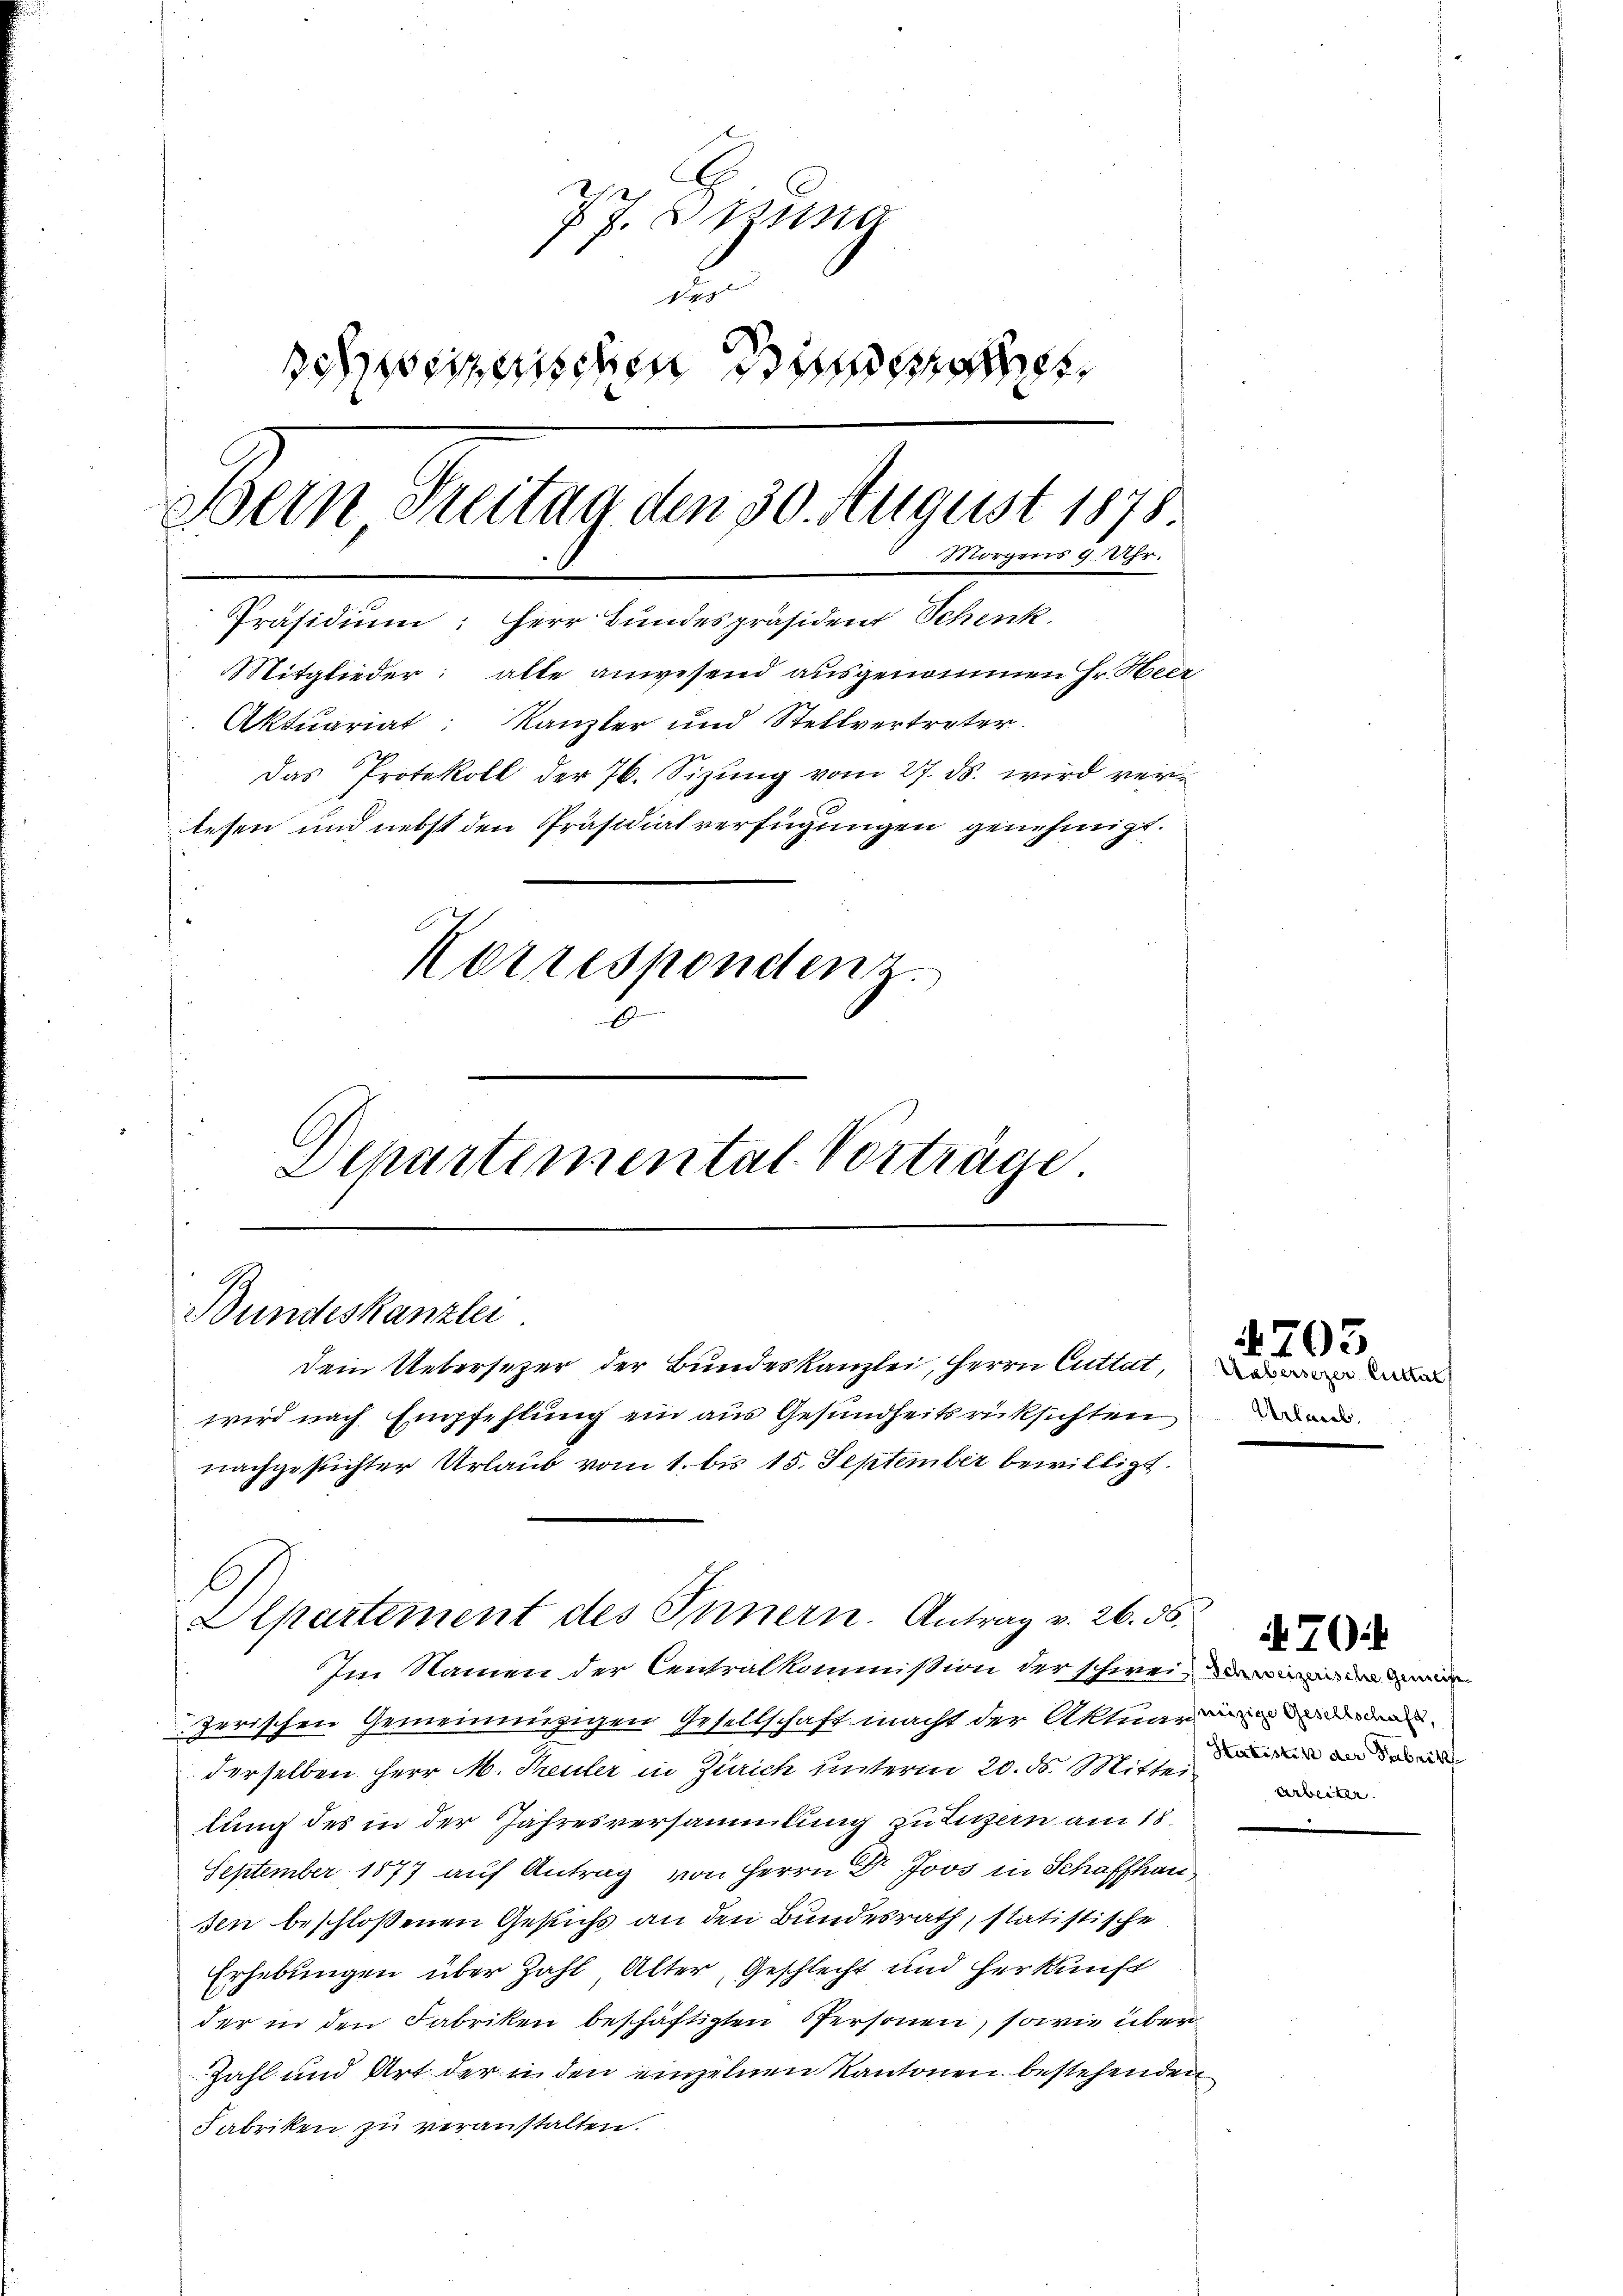
77. Zuna
u
seizerischen Sinne
Bein Streitag den 30. August 1878.
Morgens 9 Uhr.
Präsidium: Herr Bundespräsident Schenk.
Mitglieder: alle anwesend ausgenommen Hr. Heer
Aktuariat Kanzler und Stellvertreter.
Das Protokoll der 76. Sizung vom 27. ds. wird verlesen und nebst den Präsidialverfügungen genehmigt.
Korrespondenz.
Departemental Vorträge

Bundeskanzlei
Dein Uebersezer der Bundeskanzlei, Herrn Cuttat,
wird nach Empfehlung ein aus Gesundheitsrücksichten

nachgesuchter Urlaub vom 1. bis 15. September bewilligt.

Im Namen der Centralkommißion der schweil in de
zerischen Gemeinnüzigen Gesellschaft macht der Aktuar an de
derselben. Herr M. Treuler in Zürich unterm 20. ds. Mittei
lung des in der Jahresversammlung zu Luzern am 18.
September 1877 auf Antrag von Herrn Dr. Joos in Schaffhau
sen beschloßenen Gesuchs an den Bundesrath, statistische
Erhebungen über Zahl Alter, Geschlecht und Herkunft
der in den Fabriken beschäftigten Personen, sowie über
Zahl und Art der in den einzelnen Kantonen bestehenden
Fabriken zu veranstalten.

Departement des Innern. Antrag v. 26. ds.

Uebersezer Cuttat

4703

Statistik der Fabrikh
Arbeiter.

70